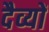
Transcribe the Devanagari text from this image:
दैव्यों